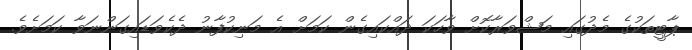
ޕާޓީތަކުގެ މެދުގައި މަޝްވަރާކޮށް ވާހަކަ ދައްކައިގެން ކަމަށް އެ މަނިކުފާނު ދެކެވަޑައިގަންނަވާ ކަމަށެވެ.